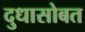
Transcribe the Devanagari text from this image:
दुधासोबत